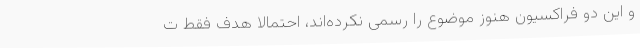
و این دو فراکسیون هنوز موضوع را رسمی نکرده‌اند، احتمالا هدف فقط ت